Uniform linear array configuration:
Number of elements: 24
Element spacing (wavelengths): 0.75
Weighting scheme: hamming
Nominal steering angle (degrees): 0
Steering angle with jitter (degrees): -1.628
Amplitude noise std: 0.05
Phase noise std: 0.05

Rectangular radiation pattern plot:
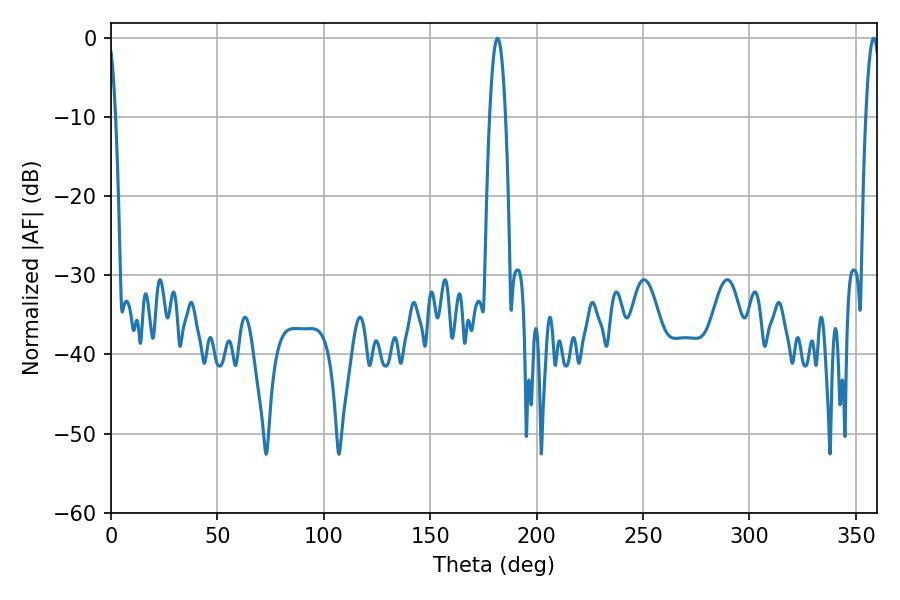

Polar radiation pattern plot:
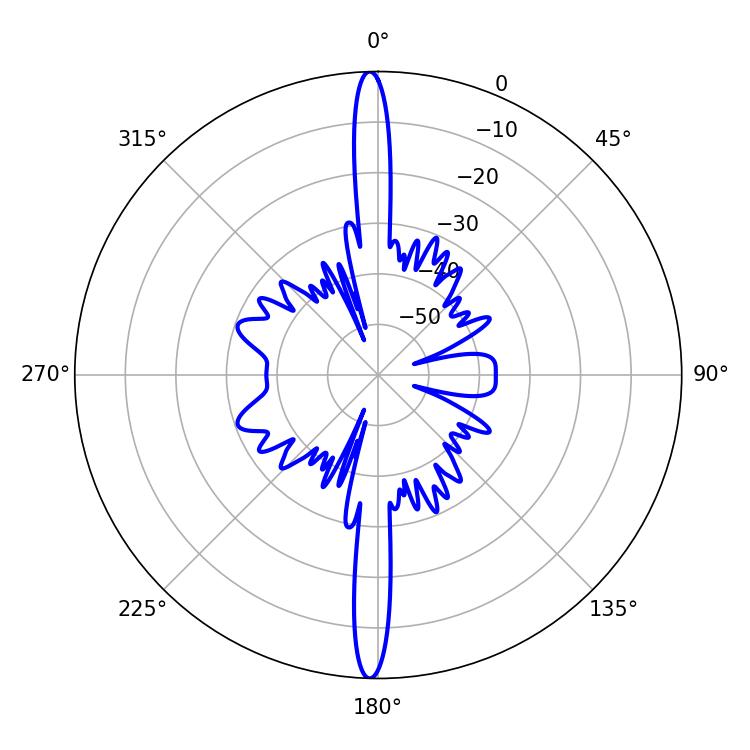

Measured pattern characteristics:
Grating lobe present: TRUE
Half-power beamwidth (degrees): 3.96
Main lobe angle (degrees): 181.62